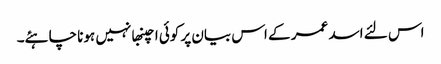
اس لئے اسد عمر کے اس بیان پر کوئی اچنبھا نہیں ہونا چاہئے۔